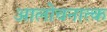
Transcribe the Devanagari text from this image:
आलोचनात्‍क